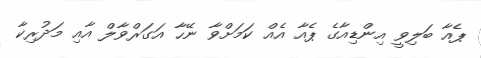
ޕެއާ ބަލިވީ އިންޑިއާގެ ޕެއާ އެއް ކަމަށްވާ ނޭހާ އަގަރްވާލް އާއި މަދުރިކާ